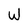
Character: W